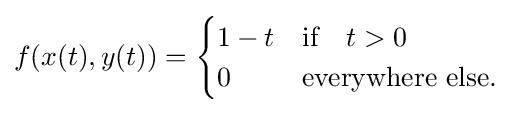
f(x(t),y(t))={\begin{cases}1-t&{\text{if}}\quad t>0\\0&{\text{everywhere else}}.\end{cases}}